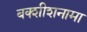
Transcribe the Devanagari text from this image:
बक्शीशनामा